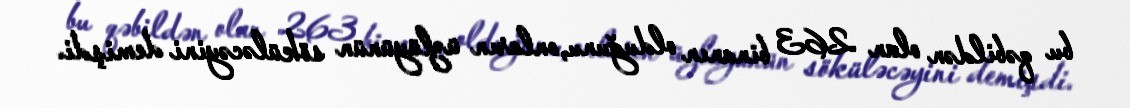
bu qəbildən olan 263 binanın olduğunu, onların üzlüyünün söküləcəyini demişdi.